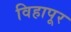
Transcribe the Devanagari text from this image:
विहापूर